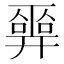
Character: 𢍮